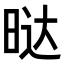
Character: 𭦆